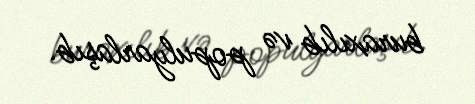
buraxılıb və populyarlaşıb.